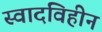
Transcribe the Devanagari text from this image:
स्वादविहीन